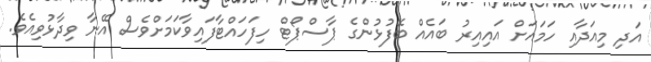
އަދި މިއަދާއި ހަމައަށް އައިއިރު ބައެއް ބޭފުޅުންގެ ޕާސްޕޯޓް ހިފަހައްޓާފައިވާކަމަށްވެސް އޭނާ ވިދާޅުވިއެވެ.